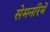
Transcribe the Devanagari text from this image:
सेमनरिमें